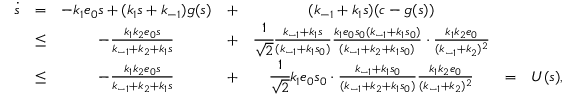
\begin{array} { r c c c c c l } { \dot { s } } & { = } & { - k _ { 1 } e _ { 0 } s + ( k _ { 1 } s + k _ { - 1 } ) g ( s ) } & { + } & { ( k _ { - 1 } + k _ { 1 } s ) ( c - g ( s ) ) } & & \\ & { \leq } & { - \frac { k _ { 1 } k _ { 2 } e _ { 0 } s } { k _ { - 1 } + k _ { 2 } + k _ { 1 } s } } & { + } & { \cfrac { 1 } { \sqrt 2 } \frac { k _ { - 1 } + k _ { 1 } s } { ( k _ { - 1 } + k _ { 1 } s _ { 0 } ) } \frac { k _ { 1 } e _ { 0 } s _ { 0 } ( k _ { - 1 } + k _ { 1 } s _ { 0 } ) } { ( k _ { - 1 } + k _ { 2 } + k _ { 1 } s _ { 0 } ) } \cdot \frac { k _ { 1 } k _ { 2 } e _ { 0 } } { ( k _ { - 1 } + k _ { 2 } ) ^ { 2 } } } & & \\ & { \leq } & { - \frac { k _ { 1 } k _ { 2 } e _ { 0 } s } { k _ { - 1 } + k _ { 2 } + k _ { 1 } s } } & { + } & { \cfrac { 1 } { \sqrt 2 } k _ { 1 } e _ { 0 } s _ { 0 } \cdot \frac { k _ { - 1 } + k _ { 1 } s _ { 0 } } { ( k _ { - 1 } + k _ { 2 } + k _ { 1 } s _ { 0 } ) } \frac { k _ { 1 } k _ { 2 } e _ { 0 } } { ( k _ { - 1 } + k _ { 2 } ) ^ { 2 } } } & { = } & { U ( s ) , } \end{array}